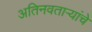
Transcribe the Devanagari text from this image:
अतिनवताऱ्यांचे